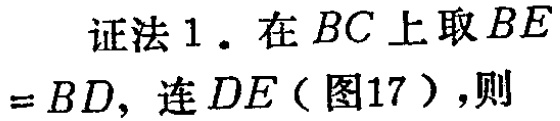
证法1. 在 \(BC\) 上取 \(BE\) \(=BD\)，连 \(DE\)（图17），则